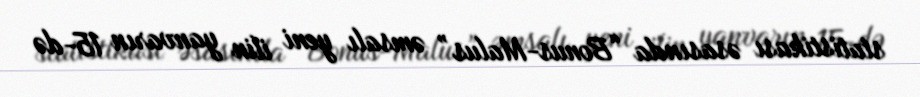
statistikası əsasında “Bonus-Malus” əmsalı yeni ilin yanvarın 15-də